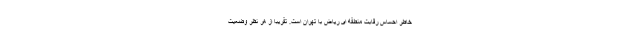
خاطر احساس رقابت منطقه ای ریاض با تهران است. تقریبا از هر نظر وضعیت